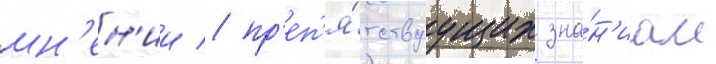
мн'ен'ии / пр'еп'я́тствуущих зна́н'иам